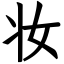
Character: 妆